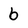
Character: 6